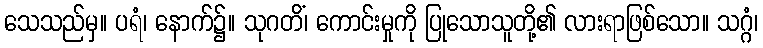
သေသည်မှ။ ပရံ၊ နောက်၌။ သုဂတိံ၊ ကောင်းမှုကို ပြုသောသူတို့၏ လားရာဖြစ်သော။ သဂ္ဂံ၊